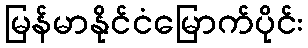
မြန်မာနိုင်ငံမြောက်ပိုင်း